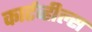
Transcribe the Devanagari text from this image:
कार्टव्हील्स